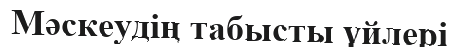
Мәскеудің табысты үйлері